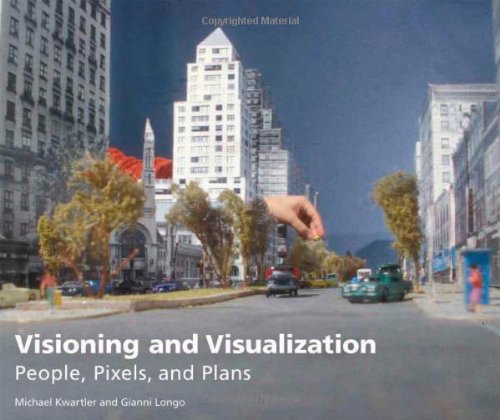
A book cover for Visioning and Visualization: People, Pixels, and Plans; Michael Kwartler; Law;